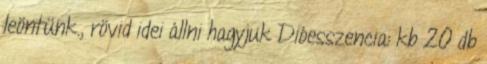
leöntünk., rövid idei állni hagyjuk Dióesszencia: kb 20 db